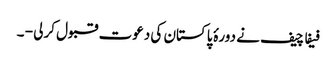
فیفا چیف نے دورۂ پاکستان کی دعوت قبول کرلی - ۔